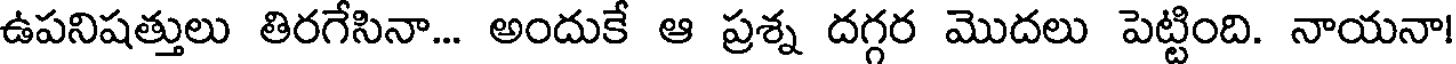
ఉపనిషత్తులు తిరగేసినా... అందుకే ఆ ప్రశ్న దగ్గర మొదలు పెట్టింది. నాయనా